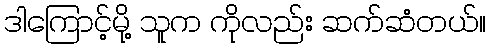
ဒါကြောင့်မို့ သူက ကိုလည်း ဆက်ဆံတယ်။